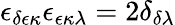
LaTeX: \epsilon_{\delta\epsilon\kappa}\epsilon_{\epsilon\kappa\lambda}=2\delta_{\delta\lambda}